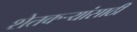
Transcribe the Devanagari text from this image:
शेतकर्‍यांसाठी